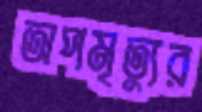
অপমৃত্যুর